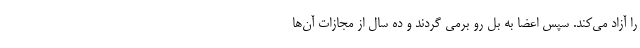
را آزاد می‌کند. سپس اعضا به بل رو برمی گردند و ده سال از مجازات آن‌ها